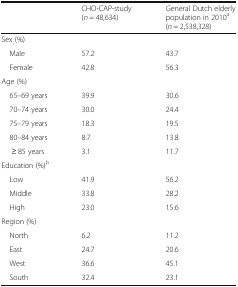
|  | CHO-CAP-study(n = 48,634) | General Dutch elderly population in 2010a(n = 2,538,328) |
 | --- | --- | --- |
 | <COLSPAN=3> Sex (%) |
 | Male | 57.2 | 43.7 |
 | Female | 42.8 | 56.3 |
 | <COLSPAN=3> Age (%) |
 | 65–69 years | 39.9 | 30.6 |
 | 70–74 years | 30.0 | 24.4 |
 | 75–79 years | 18.3 | 19.5 |
 | 80–84 years | 8.7 | 13.8 |
 | ≥ 85 years | 3.1 | 11.7 |
 | <COLSPAN=3> Education (%)b |
 | Low | 41.9 | 56.2 |
 | Middle | 33.8 | 28.2 |
 | High | 23.0 | 15.6 |
 | <COLSPAN=3> Region (%) |
 | North | 6.2 | 11.2 |
 | East | 24.7 | 20.6 |
 | West | 36.6 | 45.1 |
 | South | 32.4 | 23.1 |